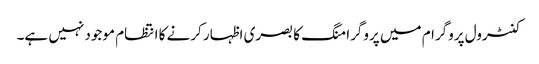
کنٹرول پروگرام میں پروگرامنگ کا بصری اظہار کرنے کا انتظام موجود نہیں ہے۔